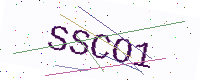
Text: SSCO1